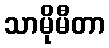
သာမိုမီတာ